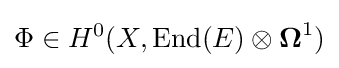
\Phi \in H^{0}(X,\operatorname {End} (E)\otimes {\boldsymbol {\Omega }}^{1})